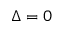
\Delta = 0